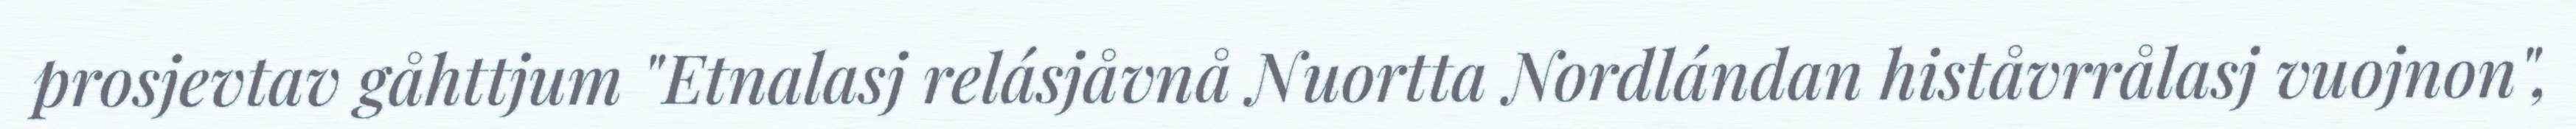
prosjevtav gåhttjum "Etnalasj relásjåvnå Nuortta Nordlándan histåvrrålasj vuojnon",